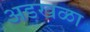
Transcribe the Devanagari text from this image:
अडखळा